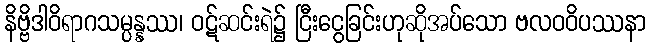
နိဗ္ဗိဒါဝိရာဂသမ္ပန္နဿ၊ ဝဋ်ဆင်းရဲ၌ ငြီးငွေခြင်းဟုဆိုအပ်သော ဗလဝဝိပဿနာ